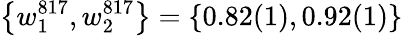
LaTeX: \left\{ w_{1}^{817},w_{2}^{817}\right\} =\left\{ 0.82(1),0.92(1)\right\}